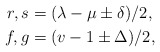
\begin{align*}r,s&=(\lambda-\mu\pm\delta)/2,\\f,g&=(v-1\pm\Delta)/2,\end{align*}